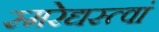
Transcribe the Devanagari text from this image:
स्मरेद्यस्त्वां